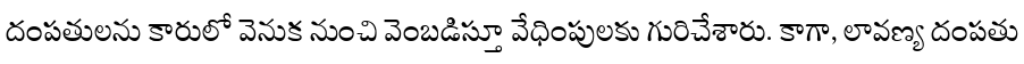
దంపతులను కారులో వెనుక నుంచి వెంబడిస్తూ వేధింపులకు గురిచేశారు. కాగా, లావణ్య దంపతు